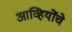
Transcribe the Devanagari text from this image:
आव्हियोंचे